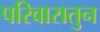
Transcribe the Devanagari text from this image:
परिवारातुन